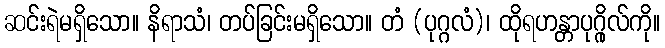
ဆင်းရဲမရှိသော။ နိရာသံ၊ တပ်ခြင်းမရှိသော။ တံ (ပုဂ္ဂလံ)၊ ထိုရဟန္တာပုဂ္ဂိုလ်ကို။